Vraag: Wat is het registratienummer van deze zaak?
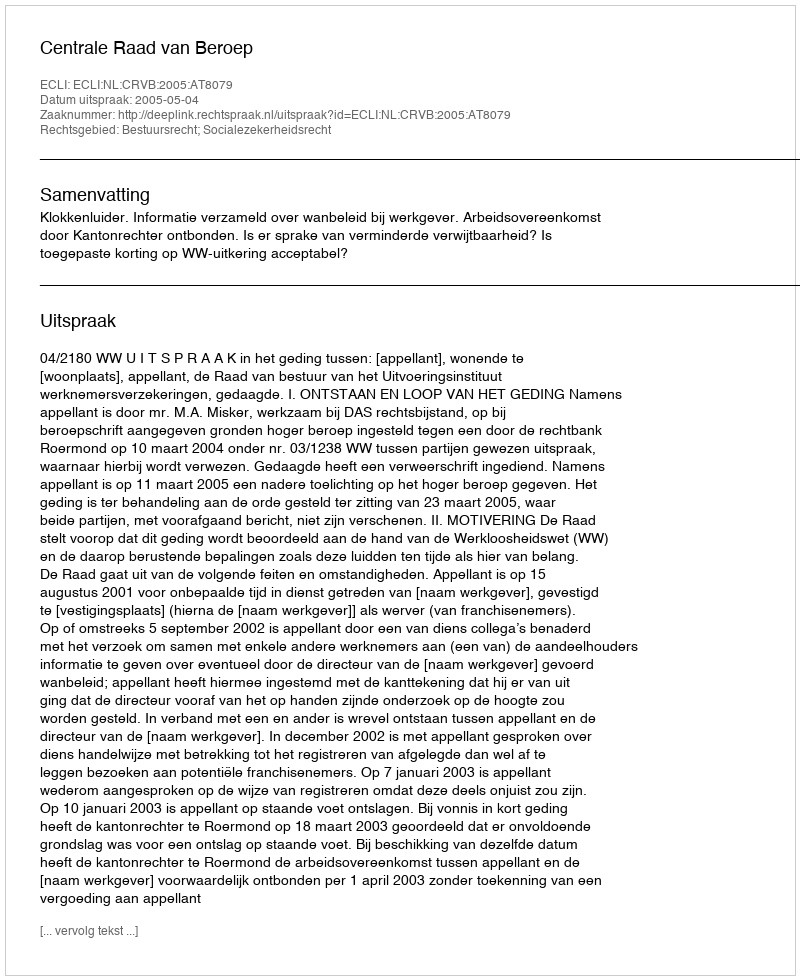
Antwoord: http://deeplink.rechtspraak.nl/uitspraak?id=ECLI:NL:CRVB:2005:AT8079